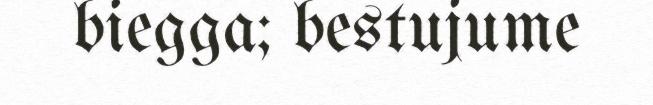
biegga; bestujume